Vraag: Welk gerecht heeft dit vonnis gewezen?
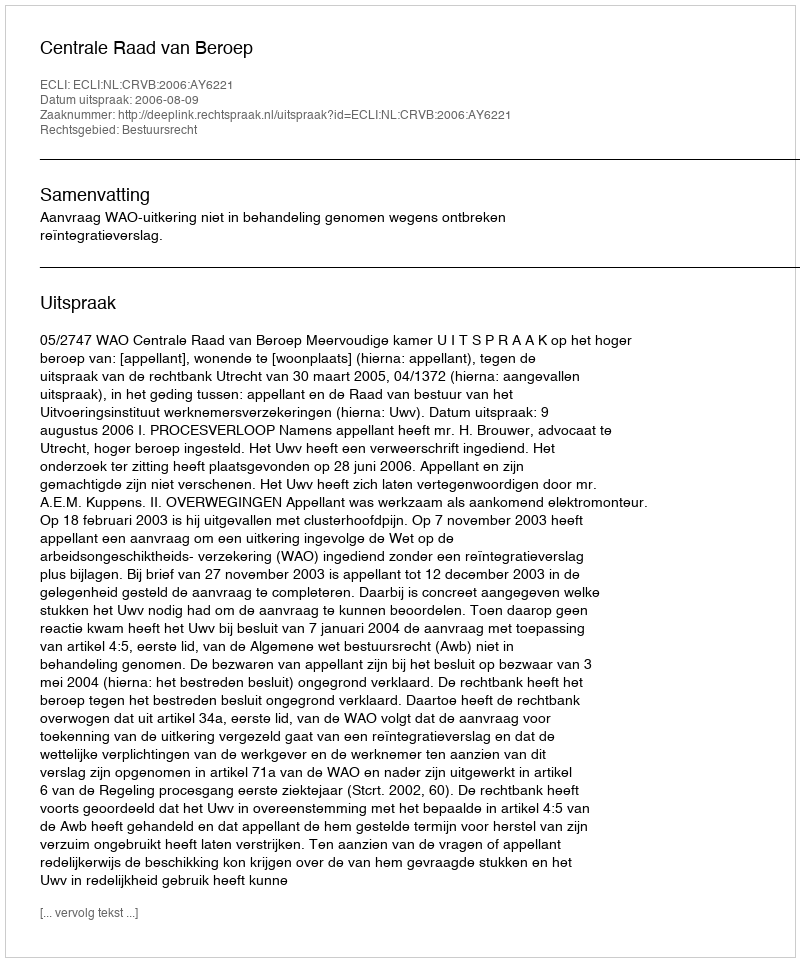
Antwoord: Centrale Raad van Beroep